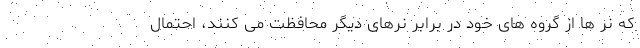
که نر ها از گروه های خود در برابر نرهای دیگر محافظت می کنند، احتمال